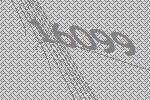
16099